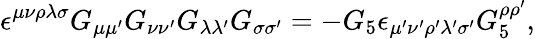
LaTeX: \epsilon^{\mu\nu\rho\lambda\sigma}G_{\mu\mu^{\prime}}G_{\nu\nu^{\prime}}G_{\lambda\lambda^{\prime}}G_{\sigma\sigma^{\prime}}=-G_{5}\epsilon_{\mu^{\prime}\nu^{\prime}\rho^{\prime}\lambda^{\prime}\sigma^{\prime}}G_{5}^{\rho\rho^{\prime}},